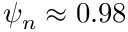
\psi _ { n } \approx 0 . 9 8